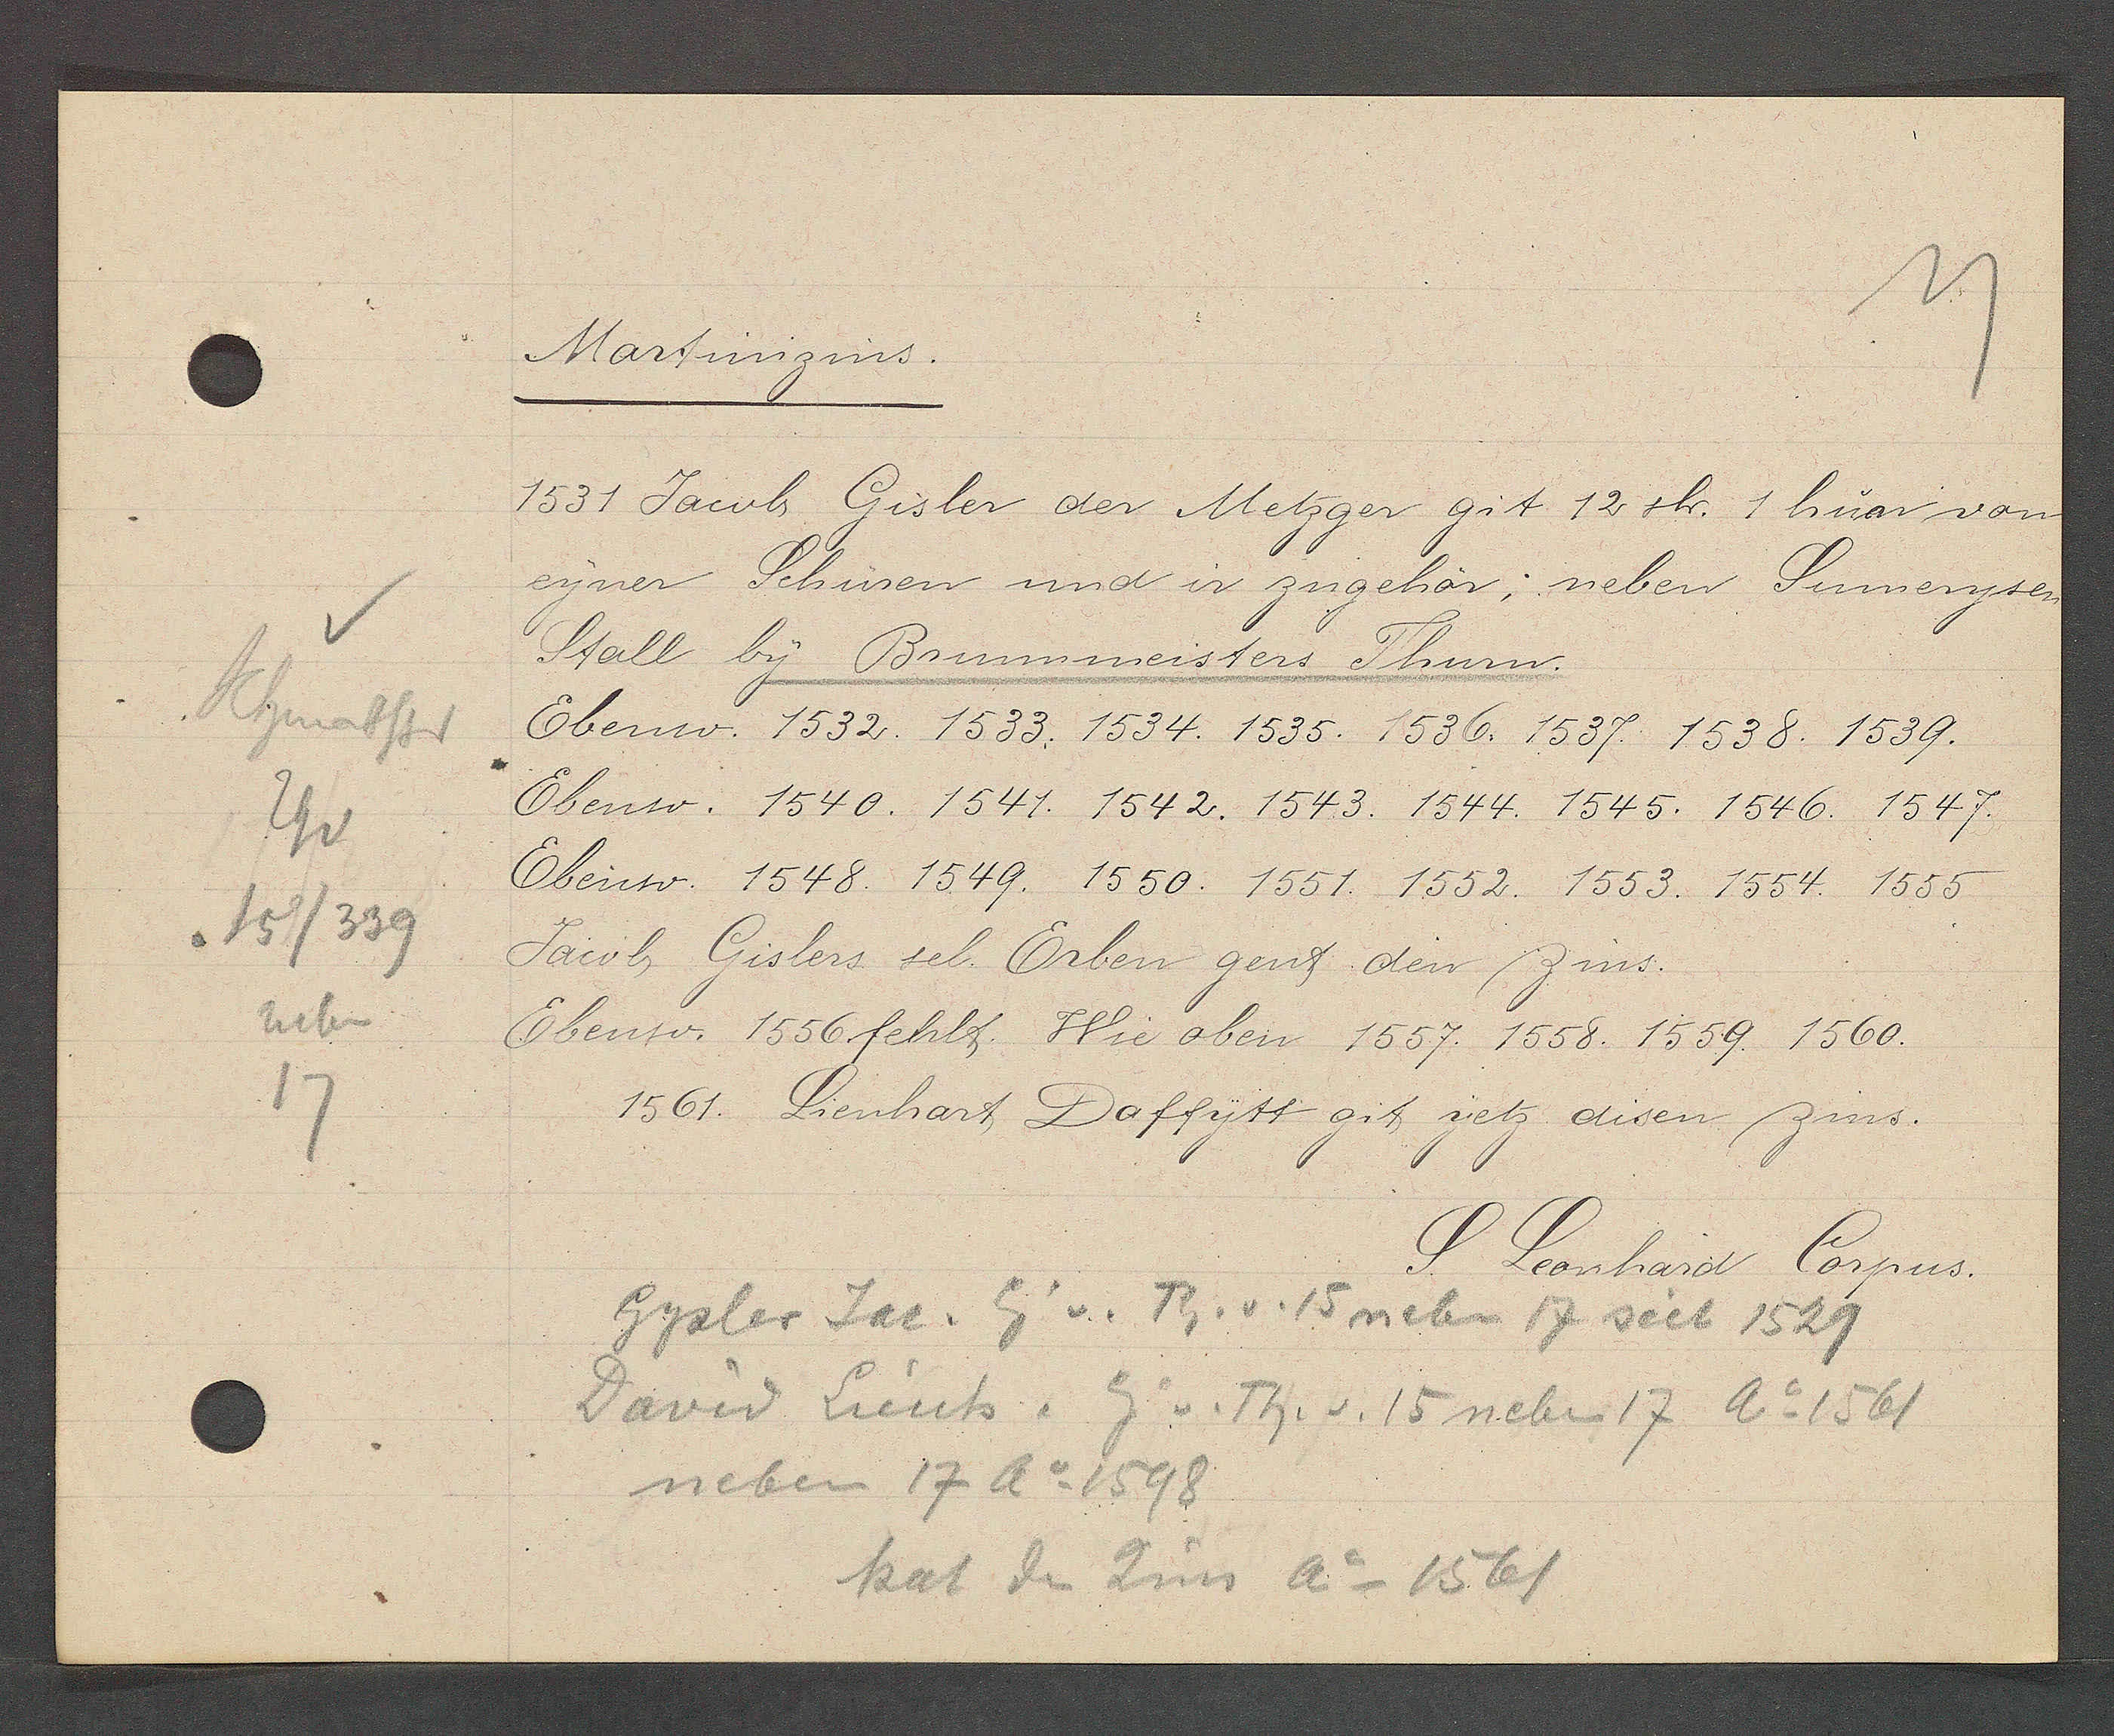
Transcript:
Schmatstr
Th v
15/339
neben
17

Martinizins.

1531 Jacob Gisler der Metzger git 12 sh. 1 hun von
eyner Schüren und ir zugehör; neben Sumeryter
Stall by Brunnmeisters Thurn.
Ebenso. 1532. 1533. 1534. 1535. 1536. 1537. 1538. 1539.
Ebenso. 1540. 1541. 1542. 1543. 1544. 1545. 1546. 1547.
Ebenso. 1548. 1549. 1550. 1551. 1552. 1553. 1554. 1555.
Jacob Gislers sel. Erben gent den Zins.
Ebenso. 1556 fehlt. Wie oben 1557. 1558. 1559. 1560.
1561. Lienhart Daffytt git yetz disen zins.

S. Leonhard Corpus.

Gysler Jac. Eig v. Th. v. 15 neben 17 seit 1529
David Lienh. Eig v. Th. v. 15 neben 17 Ao 1561
neben 17 Ao 1598
hat den Zins Ao 1561